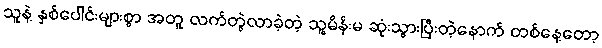
သူနဲ့ နှစ်ပေါင်းများစွာ အတူ လက်တွဲလာခဲ့တဲ့ သူ့မိန်းမ ဆုံးသွားပြီးတဲ့နောက် တစ်နေ့တော့